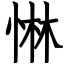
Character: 惏